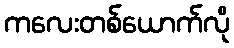
ကလေးတစ်ယောက်လို